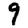
Digit: 9